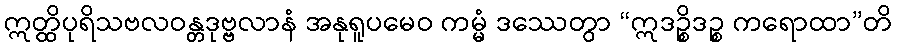
ဣတ္ထိပုရိသဗလဝန္တဒုဗ္ဗလာနံ အနုရူပမေဝ ကမ္မံ ဒဿေတွာ “ဣဒဉ္စိဒဉ္စ ကရောထာ”တိ